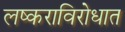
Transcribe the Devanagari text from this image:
लष्कराविरोधात